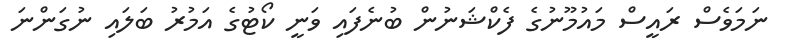
ނަމަވެސް ރައީސް މައުމޫނުގެ ފެކްޝަނުން ބުނެފައި ވަނީ ކޯޓުގެ އަމުރު ބަލައި ނުގަންނަ